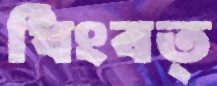
ধিংবত্